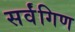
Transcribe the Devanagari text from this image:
सर्वंगिण